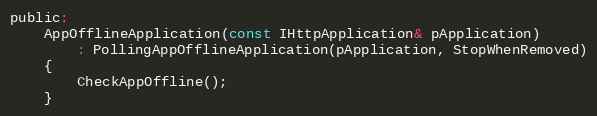
Language: C
public:
    AppOfflineApplication(const IHttpApplication& pApplication)
        : PollingAppOfflineApplication(pApplication, StopWhenRemoved)
    {
        CheckAppOffline();
    }